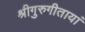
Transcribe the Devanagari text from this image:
श्रीगुरुगीतायां